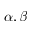
\alpha , \beta